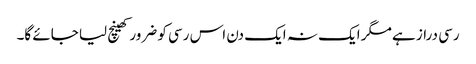
رسی دراز ہے مگر ایک نہ ایک دن اس رسی کو ضرور کھینچ لیا جائے گا۔